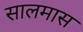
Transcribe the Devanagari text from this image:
सालमास